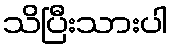
သိပြီးသားပါ